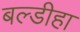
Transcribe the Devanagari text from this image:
बल्डीहा